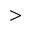
>